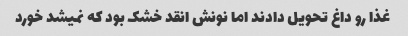
غذا رو داغ تحویل دادند اما نونش انقد خشک بود که نمیشد خورد